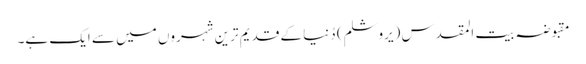
مقبوضہ بیت المقدس (یروشلم) دُنیا کے قدیم ترین شہروں میں سے ایک ہے۔